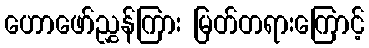
ဟောဖော်ညွှန်ကြား မြတ်တရားကြောင့်